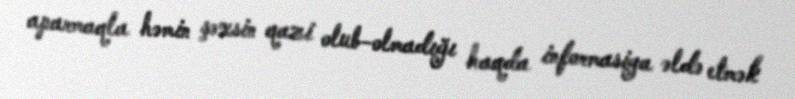
aparmaqla həmin şəxsin qazi olub-olmadığı haqda informasiya əldə etmək